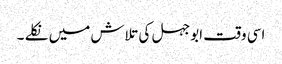
اسی وقت ابوجہل کی تلاش میں نکلے ۔